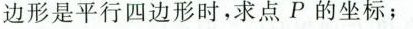
边形是平行四边形时，求点P的坐标；